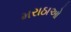
મરાઠાઓ